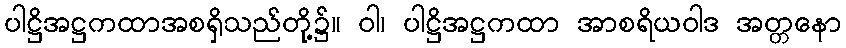
ပါဋ္ဌိအဋ္ဌကထာအစရှိသည်တို့၌။ ဝါ၊ ပါဋ္ဌိအဋ္ဌကထာ အာစရိယဝါဒ အတ္တနော